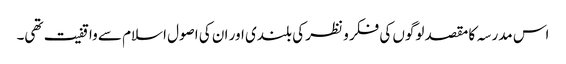
اس مدرسہ کا مقصد لوگوں کی فکر و نظر کی بلندی اور ان کی اصول اسلام سے واقفیت تھی۔